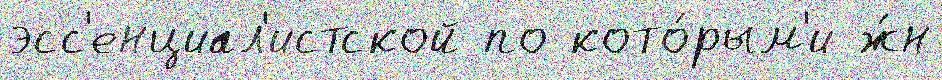
эсс'енциал'истской по кото́рым'и ж́н